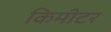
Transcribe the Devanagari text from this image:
किमीटर